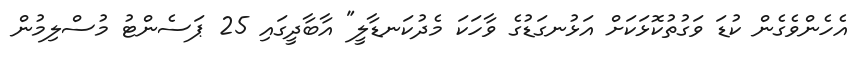
އެހެންވެގެން ކުޑަ ވަގުތުކޮޅަކަށް އަޅުނގަޑުގެ ވާހަކަ މެދުކަނޑާލީ" އާބާދީގައި 25 ޕަސެންޓު މުސްލިމުން